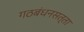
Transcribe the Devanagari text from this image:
गठबंधनसत्ता